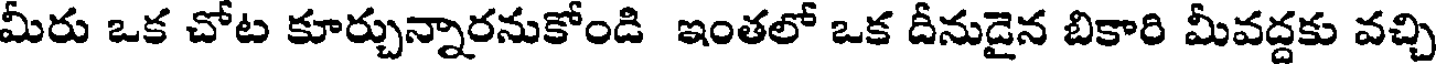
మీరు ఒక చోట కూర్చున్నారనుకోండి ఇంతలో ఒక దీనుడైన బికారి మీవద్దకు వచ్చి